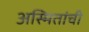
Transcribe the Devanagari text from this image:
अस्मितांची